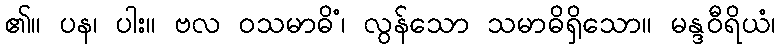
၏။ ပန၊ ပါး။ ဗလ ဝသမာဓိံ၊ လွန်သော သမာဓိရှိသော။ မန္ဒဝီရိယံ၊